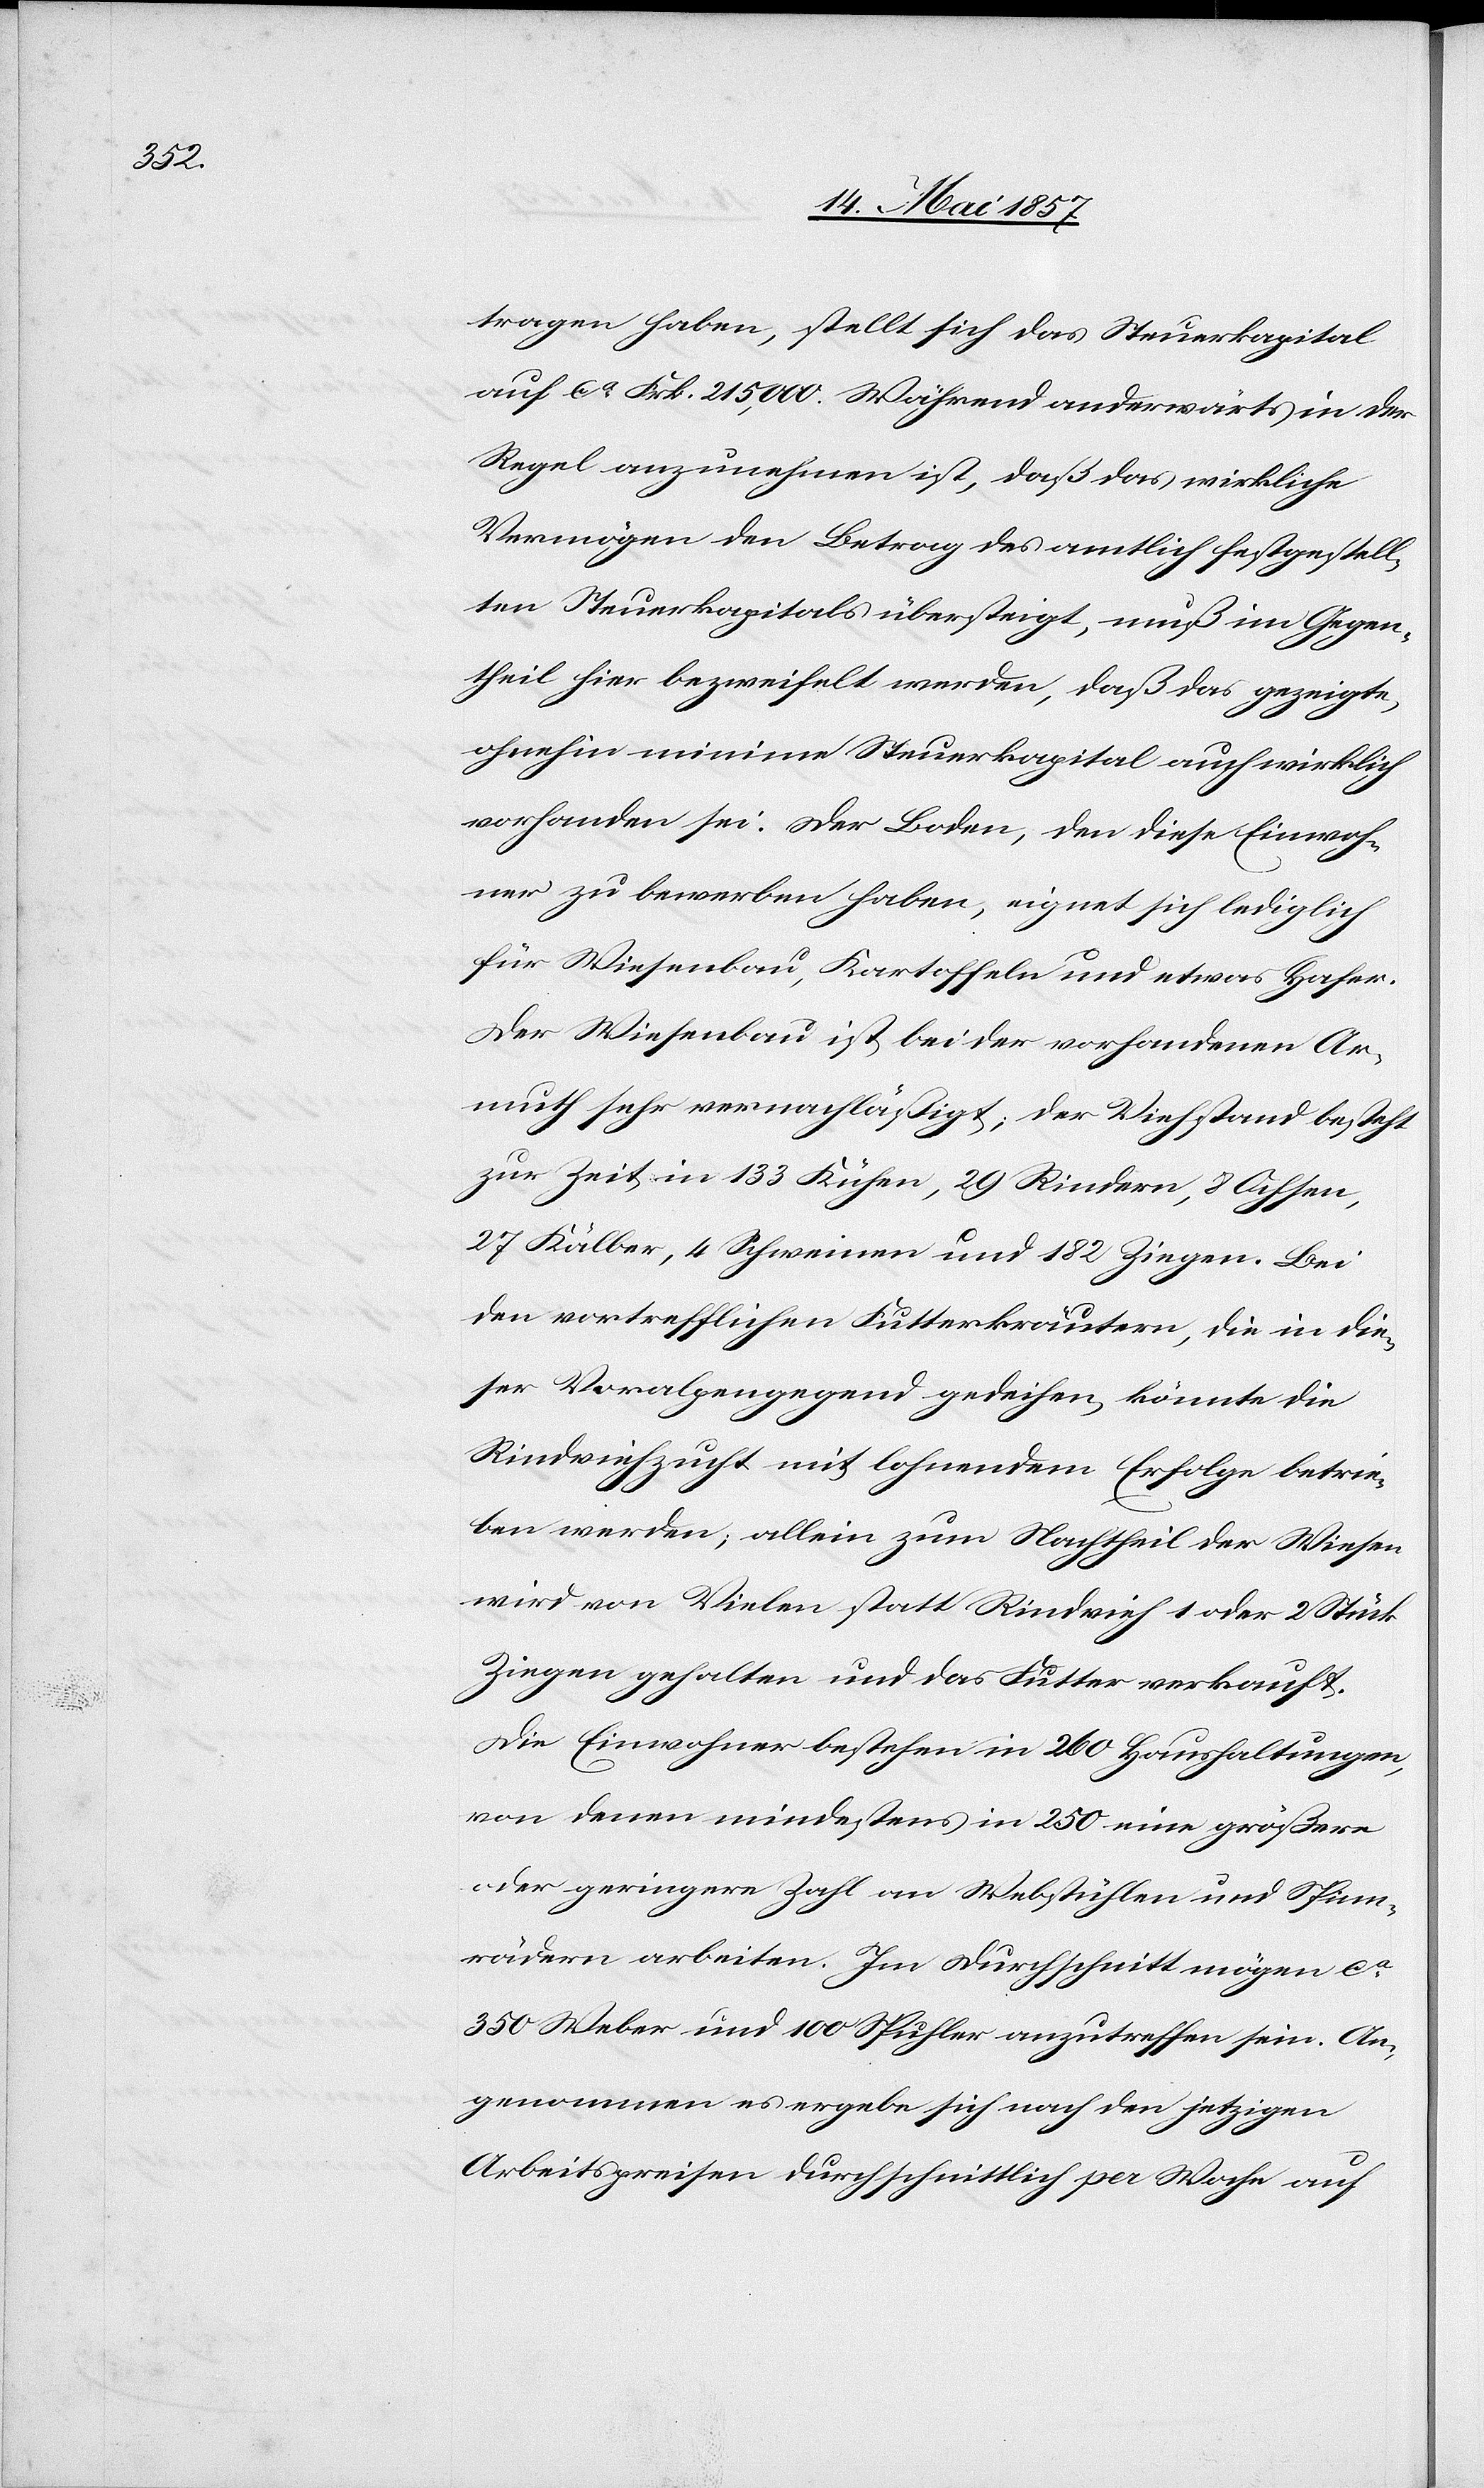
tragen haben, stellt sich das Steuerkapital
auf ca Frk. 215,000. Während anderwärts in der
Regel anzunehmen ist, daß das wirkliche
Vermögen den Betrag des amtlich festgestell¬
ten Steuerkapitals übersteigt, muß im Gegen¬
theil hier bezweifelt werden, daß das gezeigte,
ohnehin minime Steuerkapital auch wirklich
vorhanden sei. Der Boden, den diese Einwoh¬
ner zu bewerben haben, eignet sich lediglich
für Wiesenbau, Kartoffeln und etwas Hafer.
Der Wiesenbau ist bei der vorhandenen Ar¬
muth sehr vernachläßigt; der Viehstand besteht
zur Zeit in 133 Kühen, 29 Rindern, 8 Ochsen,
27 Kälber, 4 Schweinen und 182 Ziegen. Bei
den vortrefflichen Futterkräutern, die in die¬
ser Voralpengegend gedeihen, könnte die
Rindviehzucht mit lohnendem Erfolge betrie¬
ben werden, allein zum Nachtheil der Wiesen
wird von Vielen statt Rindvieh 1 oder 2 Stück
Ziegen gehalten und das Futter verkauft.
Die Einwohner bestehen in 260 Haushaltungen,
von denen mindestens in 250 eine größere
oder geringere Zahl an Webstühlen und Spinn¬
rädern arbeiten. Im Durchschnitt mögen ca
350 Weber und 100 Spuhler anzutreffen sein. An¬
genommen es ergebe sich nach den jetzigen
Arbeitspreisen durchschnittlich pro Woche auf